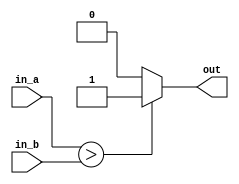
module compare8(in_a,in_b,out);
input[7:0] in_a ;
input[7:0] in_b ;
output out;
assign  out =  in_a  > in_b ? 1 : 0;
endmodule